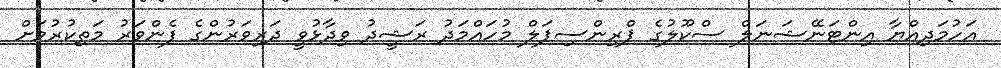
އަހުމަދިއްޔާ އިންޓަނޭޝަނަލް ސްކޫލުގެ ޕްރިންސިޕަލް މުހައްމަދު ރަޝީދު ވިދާޅުވީ ދަރިވަރުންގެ ފެންވަރު މަތިކުރުމަށް